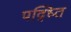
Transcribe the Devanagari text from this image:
पद्ध्‍ति